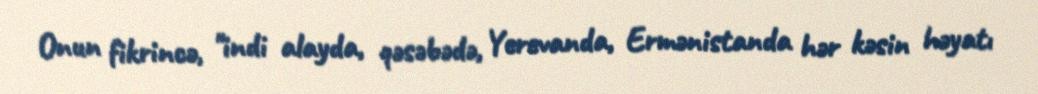
Onun fikrincə, "indi alayda, qəsəbədə, Yerevanda, Ermənistanda hər kəsin həyatı